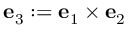
\mathbf { e } _ { 3 } : = \mathbf { e } _ { 1 } \times \mathbf { e } _ { 2 }